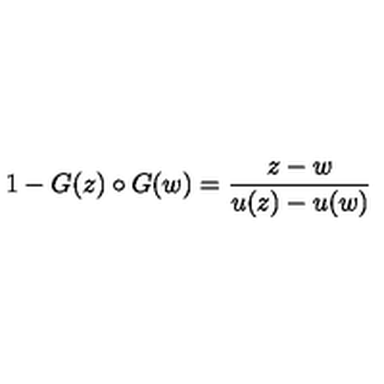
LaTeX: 1 - G ( z ) \circ G ( w ) = { \frac { z - w } { u ( z ) - u ( w ) } }